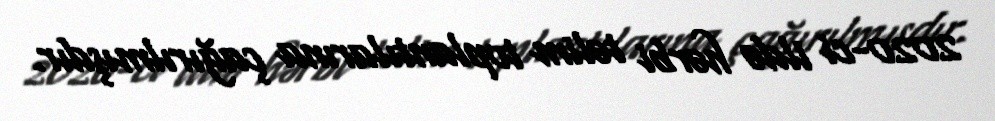
2020-ci ildə hərbi təlim toplantılarına çağırılmışdır.